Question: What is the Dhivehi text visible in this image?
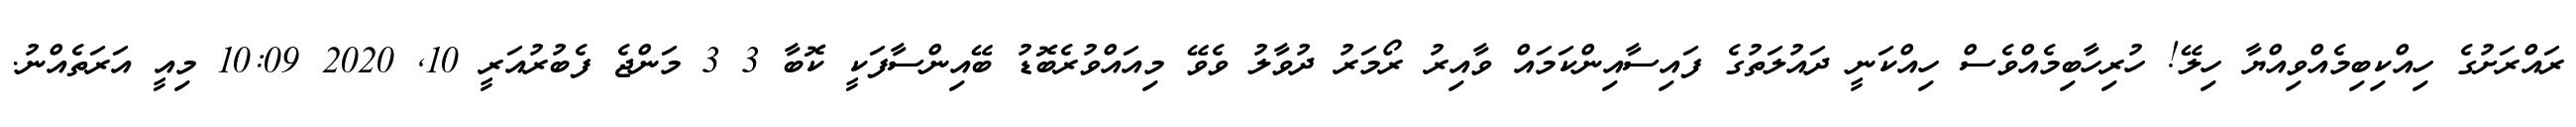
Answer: ރައްރަށުގެ ހިއްކިބިމެއްވިއްޔާ ހިލޭ! ހުރިހާބިމެއްވެސް ހިއްކަނީ ދައުލަތުގެ ފައިސާއިންކަމައް ވާއިރު ރޯމަރު ދުވާލު ވެވޭ މިއައްވުރެބޮޑު ބޭއިންސާފަކީ ކޮބާ 3 3 މަންޖެ ފެބުރުއަރީ 10, 2020 10:09 މިއީ އަރަތެއްނު.